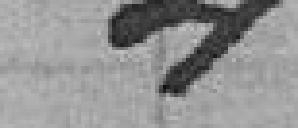
4 francs